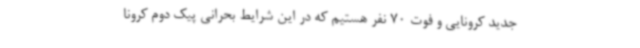
جدید کرونایی و فوت 70 نفر هستیم که در این شرایط بحرانی پیک دوم کرونا